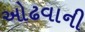
ઓઢવાની